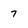
Character: 7